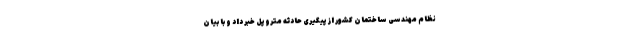
نظام مهندسی ساختمان کشور از پیگیری حادثه متروپل خبر داد و با بیان